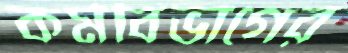
কর্মবিভাগের